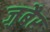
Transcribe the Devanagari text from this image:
जु़बैर